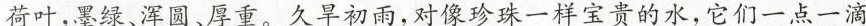
荷叶，墨绿、浑圆、厚重。久旱初雨，对像珍珠一样宝贵的水，它们一点一滴